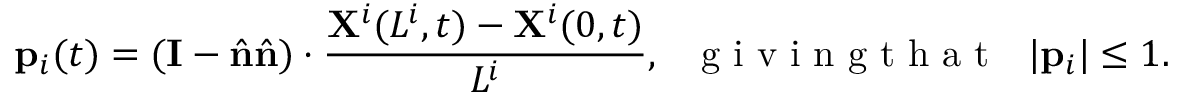
\mathbf p _ { i } ( t ) = ( \mathbf { I } - \hat { \mathbf { n } } \hat { \mathbf { n } } ) \cdot \frac { \mathbf { X } ^ { i } ( L ^ { i } , t ) - \mathbf { X } ^ { i } ( 0 , t ) } { L ^ { i } } , ~ ~ \mathrm { ~ g ~ i ~ v ~ i ~ n ~ g ~ t ~ h ~ a ~ t ~ } ~ ~ | \mathbf { p } _ { i } | \leq 1 .